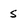
Character: s